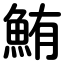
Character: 鮪